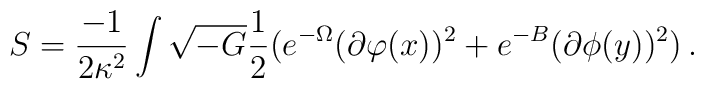
S = \frac{-1}{2 \kappa^2} \int \sqrt{-G} \frac{1}{2}(e^{-\Omega}(\partial\varphi(x))^2 + e^{-B}(\partial \phi(y))^2)\,.